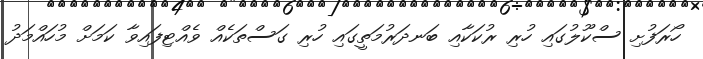
ހޯރަފުށި ސްކޫލުގައި ހުރި ރުކަކާއި ބަނދަރުމަތީގައި ހުރި ގަސްތަކެއް ވެއްޓިފައިވާ ކަމަށް މުހައްމަދު